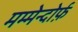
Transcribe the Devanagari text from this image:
मम्मेन्दोर्फ़